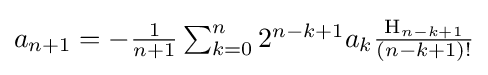
{\textstyle a_{n+1}=-{\frac {1}{n+1}}\sum _{k=0}^{n}2^{n-k+1}a_{k}{\frac {\mathrm {H} _{n-k+1}}{(n-k+1)!}}}